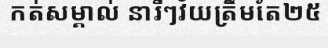
កត់សម្គាល់ នារីៗវ័យត្រឹមតែ២៥